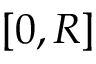
[ 0 , R ]